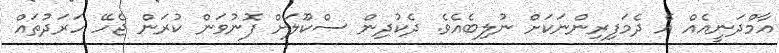
އާމްދަނީއެއް އެ ދެމަފިރިންނަކަށް ނުލިބެއެެވެ. ދެކުދިން ސްކޫލަށް ފޮނުވަން ކުރަން ޖެހޭ ހަރަދުތައް